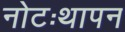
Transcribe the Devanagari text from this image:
नोटःथापन